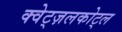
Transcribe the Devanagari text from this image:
क्वेट्ज़लकोट्ल